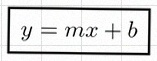
y=mx+b